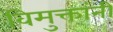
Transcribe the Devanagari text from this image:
विमुक्तांनी